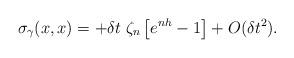
LaTeX: \begin{align*}\sigma_\gamma(x,x)= + \delta t \; \zeta_n \left[ e^{nh} -1 \right]+ O(\delta t^2).\end{align*}